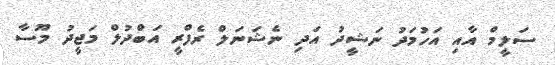
ސަލީމް އާއި އަހުމަދު ނަޝީދު އަދި ނެޝަނަލް ރެފްރީ އަބްދުލް މަޖީދު މޫސާ